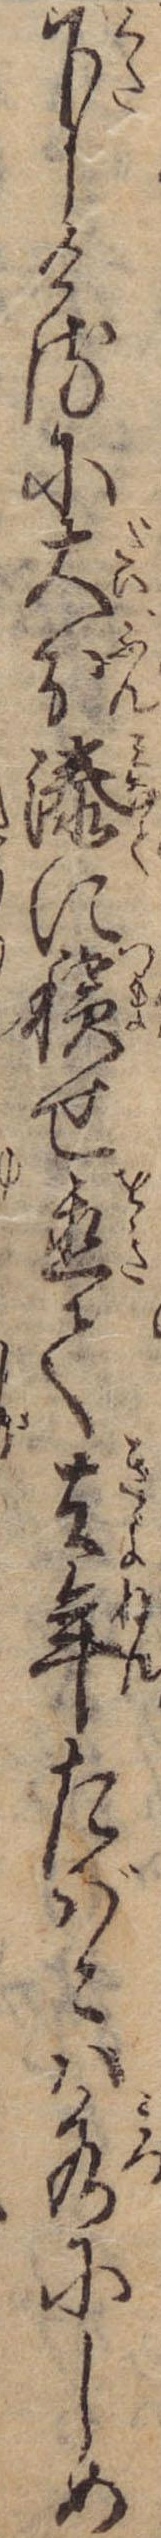
下しけるに大分溙に積せ置て去年たばこは水にしめ